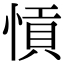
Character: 愩